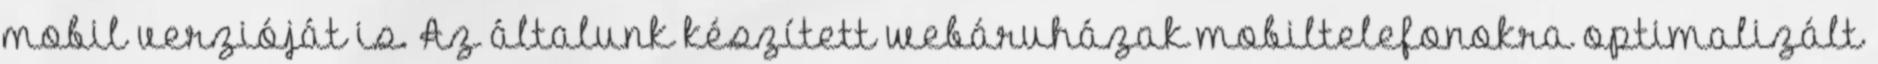
mobil verzióját is. Az általunk készített webáruházak mobiltelefonokra optimalizált